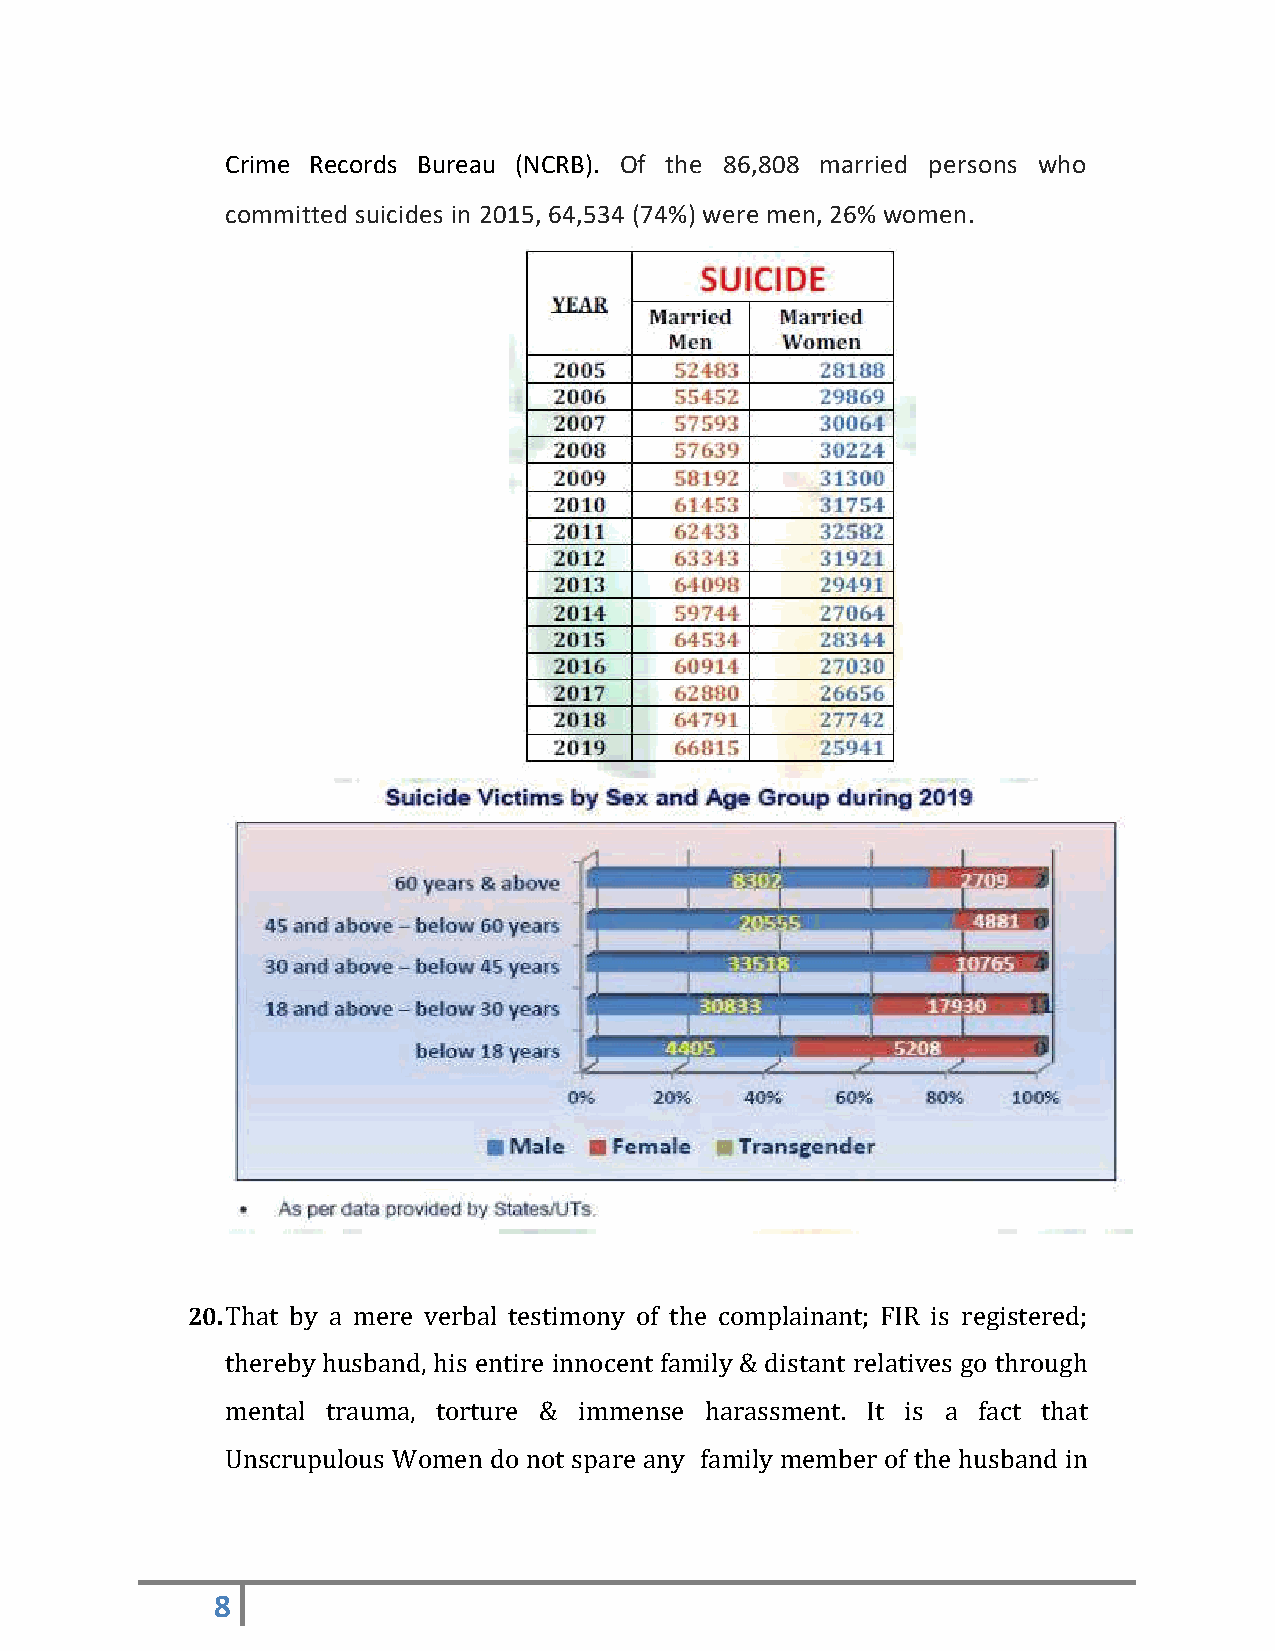
Crime Records Bureau (NCRB). Of the 86,808 married persons who
 committed suicides in 2015, 64,534 (74%) were men, 26% women.
 20. That by a mere verbal testimony of the complainant; FIR is registered;
 thereby husband, his entire innocent family & distant relatives go through
 mental trauma, torture & immense harassment. It is a fact that
 Unscrupulous Women do not spare any family member of the husband in
 8